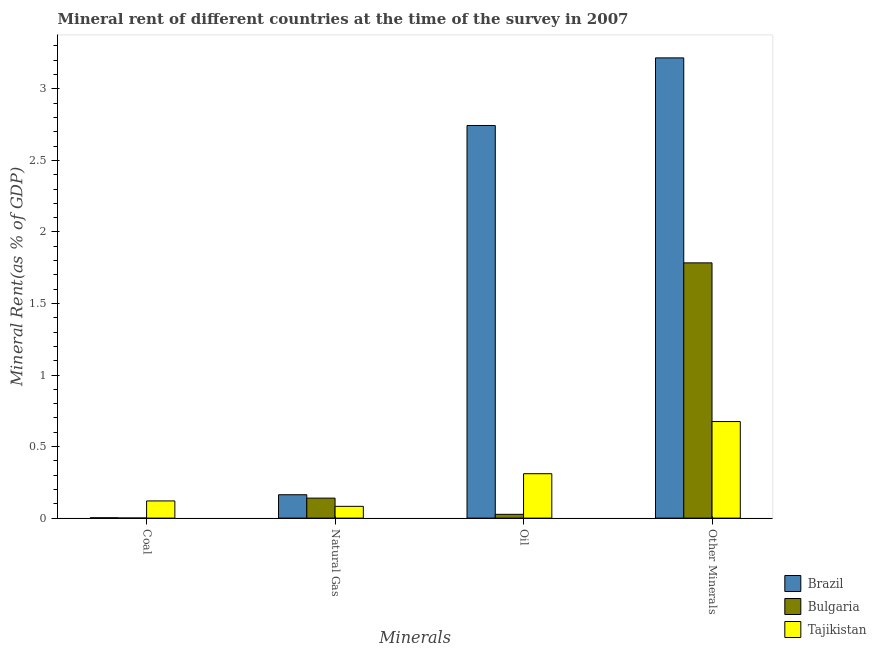
| Minerals | Brazil | Bulgaria | Tajikistan |
 | --- | --- | --- | --- |
 | Coal | 0.00235 | 0.000714 | 0.12 |
 | Natural Gas | 0.163 | 0.14 | 0.0824 |
 | Oil | 2.74 | 0.0266 | 0.31 |
 | Other Minerals | 3.22 | 1.78 | 0.675 |